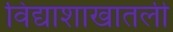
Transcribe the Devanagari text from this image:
विद्याशाखातली